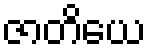
ဇာတိယေ